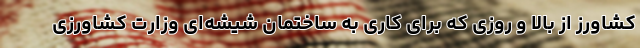
کشاورز از بالا و روزی که برای کاری به ساختمان شیشه‌ای وزارت کشاورزی